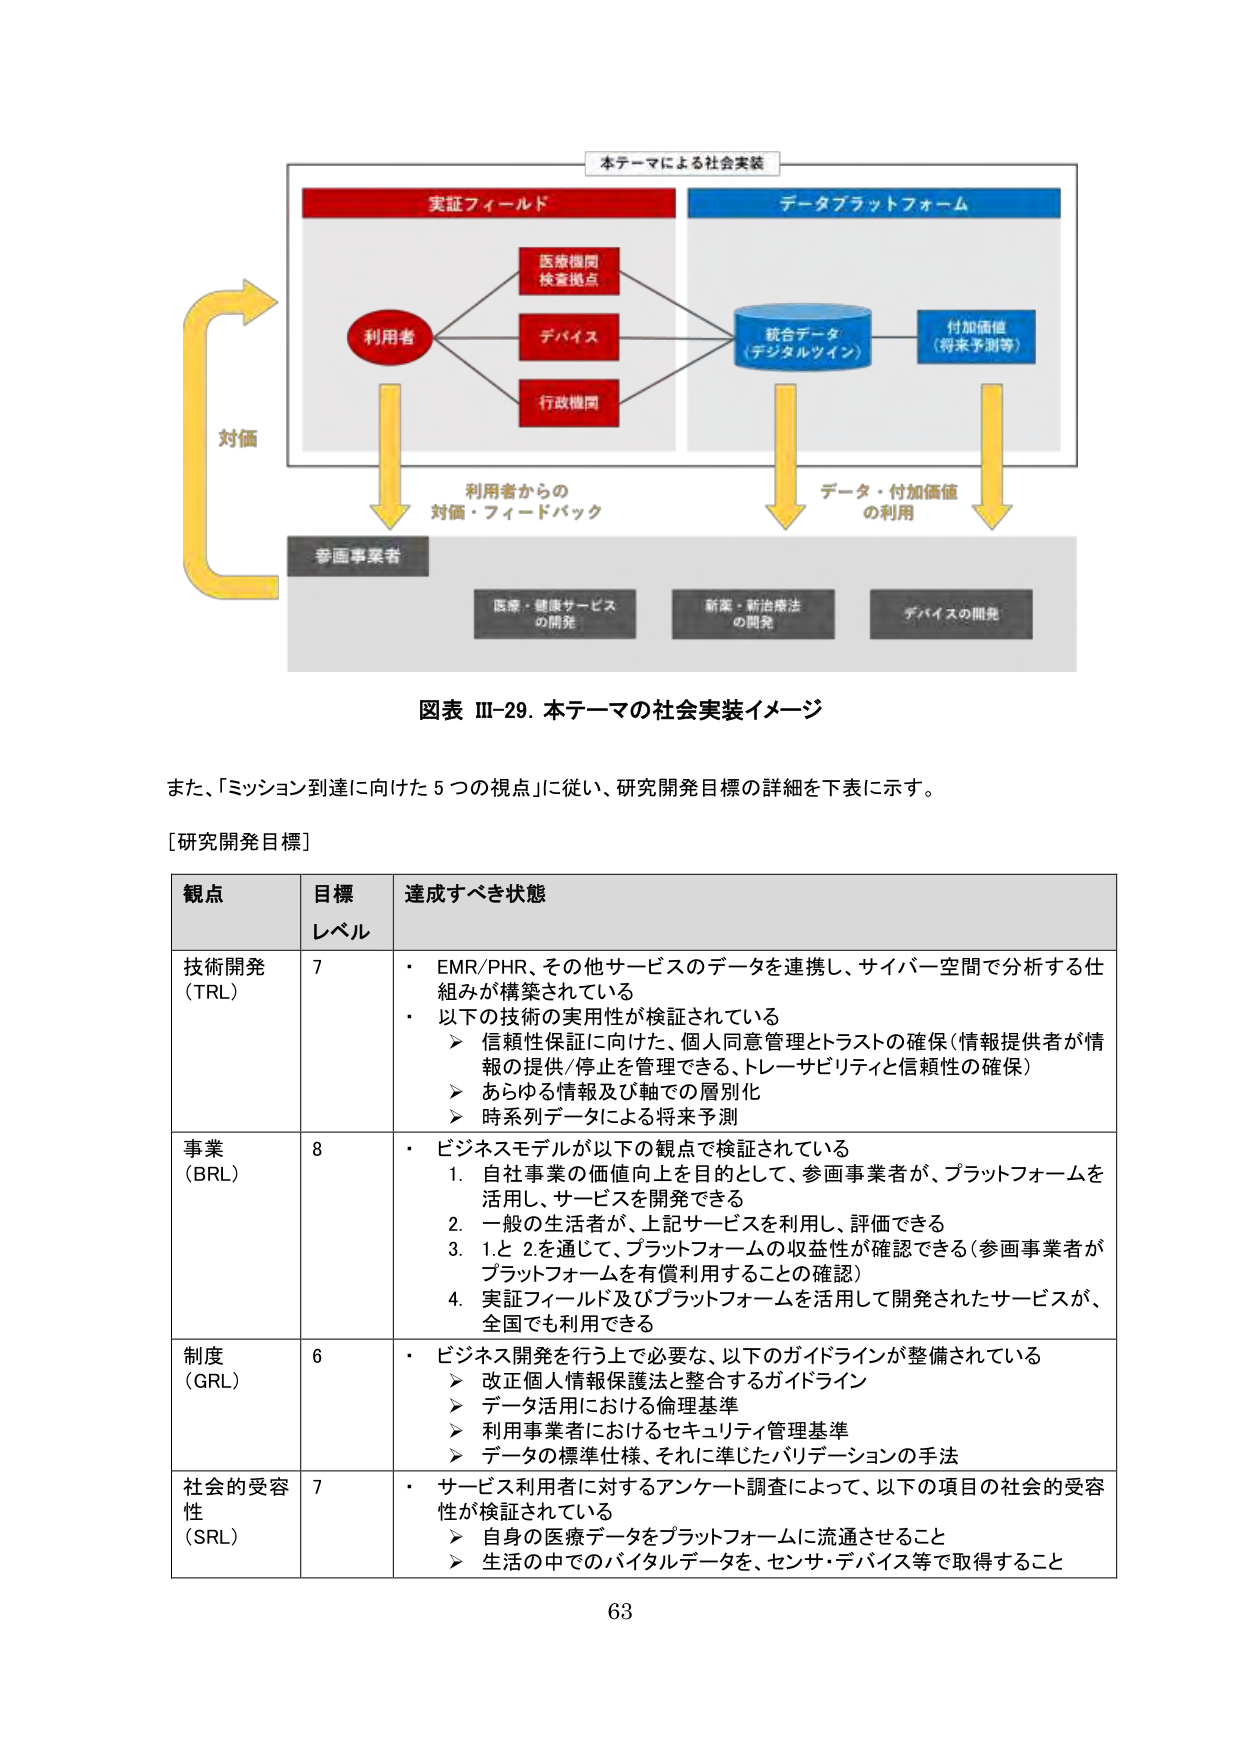
本テーマによる社会実装

実証フィールド
データプラットフォーム

利用者
医療機関
検査拠点
デバイス
行政機関

統合データ
（デジタルツイン）
付加価値
（将来予測等）

対価

利用者からの
対価・フィードバック

データ・付加価値
の利用

参画事業者

医療・健康サービス
の開発
新薬・新治療法
の開発
デバイスの開発

図表 III-29. 本テーマの社会実装イメージ

また、「ミッション到達に向けた5つの視点」に従い、研究開発目標の詳細を下表に示す。

[研究開発目標]

観点
目標レベル
達成すべき状態

技術開発（TRL）
7
・ EMR/PHR、その他サービスのデータを連携し、サイバー空間で分析する仕組みが構築されている
・ 以下の技術の実用性が検証されている
　➤ 信頼性保証に向けた、個人同意管理とトラストの確保（情報提供者が情報の提供/停止を管理できる、トレーサビリティと信頼性の確保）
　➤ あらゆる情報及び軸での層別化
　➤ 時系列データによる将来予測

事業（BRL）
8
・ ビジネスモデルが以下の観点で検証されている
　1. 自社事業の価値向上を目的として、参画事業者が、プラットフォームを活用し、サービスを開発できる
　2. 一般の生活者が、上記サービスを利用し、評価できる
　3. 1.と2.を通じて、プラットフォームの収益性が確認できる（参画事業者がプラットフォームを有償利用することの確認）
　4. 実証フィールド及びプラットフォームを活用して開発されたサービスが、全国でも利用できる

制度（GRL）
6
・ ビジネス開発を行う上で必要な、以下のガイドラインが整備されている
　➤ 改正個人情報保護法と整合するガイドライン
　➤ データ活用における倫理基準
　➤ 利用事業者におけるセキュリティ管理基準
　➤ データの標準仕様、それに準じたバリデーションの手法

社会的受容性（SRL）
7
・ サービス利用者に対するアンケート調査によって、以下の項目の社会的受容性が検証されている
　➤ 自身の医療データをプラットフォームに流通させること
　➤ 生活の中でのバイタルデータを、センサ・デバイス等で取得すること

63